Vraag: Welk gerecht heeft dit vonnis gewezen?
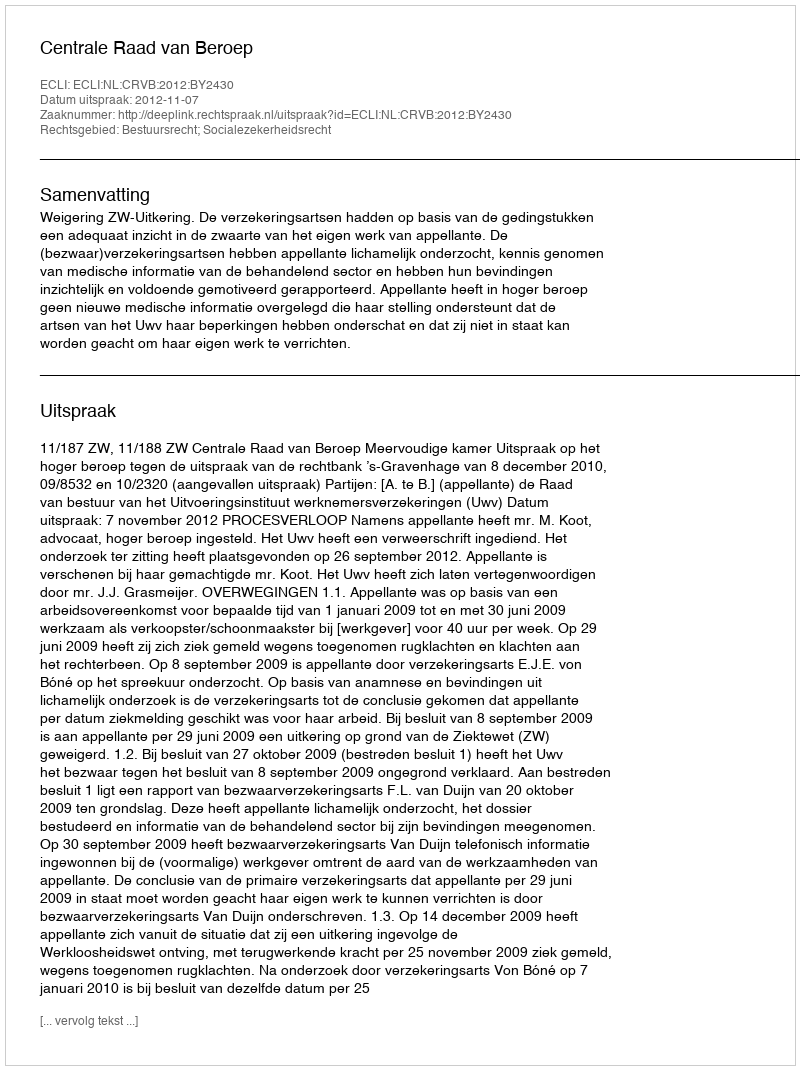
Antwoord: Centrale Raad van Beroep